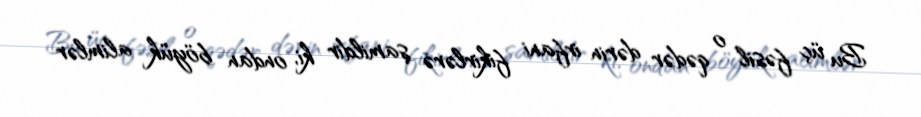
Bu üç fəsil o qədər dərin irfani fikirlərə şamildir ki, ondan böyük alimlər